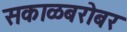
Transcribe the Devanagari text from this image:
सकाळबरोबर